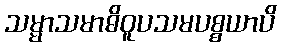
သမ္မာသမာဓိဝူပသမပစ္စယာပိ